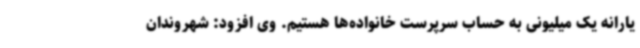
یارانه یک میلیونی به حساب سرپرست خانواده‌ها هستیم. وی افزود: شهروندان